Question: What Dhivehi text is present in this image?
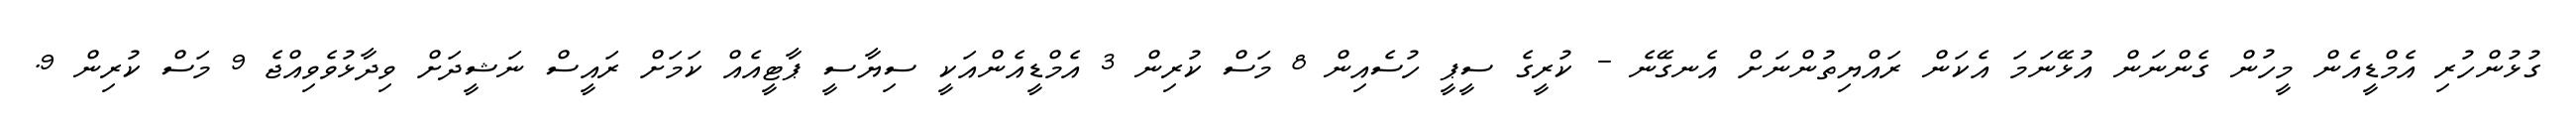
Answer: ގުޅުންހުރި އެމްޑީއެން މީހުން ގެންނަން އުޅޭނަމަ އެކަން ރައްޔިތުންނަށް އެނގޭނެ - ކުރީގެ ސީޕީ ހުސެއިން 8 މަސް ކުރިން 3 އެމްޑީއެންއަކީ ސިޔާސީ ޕާޓީއެއް ކަމަށް ރައީސް ނަޝީދަށް ވިދާޅުވެވިއްޖެ 9 މަސް ކުރިން 9.